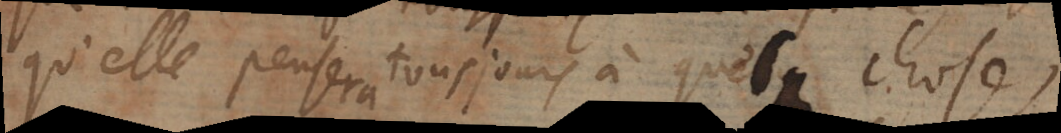
qu’elle pensera tousjours à quelque chose;